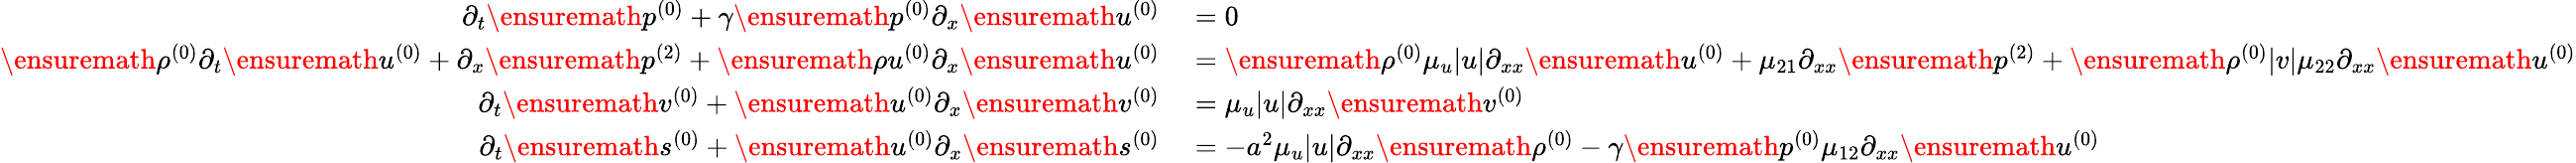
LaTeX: \begin{array}{rl}{\partial_{t}\ensuremath{p^{(0)}}+\gamma\ensuremath{p^{(0)}}\partial_{x}\ensuremath{u^{(0)}}}&{{}=0}\\ {\ensuremath{\rho^{(0)}}\partial_{t}\ensuremath{u^{(0)}}+\partial_{x}\ensuremath{p^{(2)}}+\ensuremath{\rho u^{(0)}}\partial_{x}\ensuremath{u^{(0)}}}&{{}=\ensuremath{\rho^{(0)}}\mu_{u}|u|\partial_{xx}\ensuremath{u^{(0)}}+\mu_{21}\partial_{xx}\ensuremath{p^{(2)}}+\ensuremath{\rho^{(0)}}|v|\mu_{22}\partial_{xx}\ensuremath{u^{(0)}}}\\ {\partial_{t}\ensuremath{v^{(0)}}+\ensuremath{u^{(0)}}\partial_{x}\ensuremath{v^{(0)}}}&{{}=\mu_{u}|u|\partial_{xx}\ensuremath{v^{(0)}}}\\ {\partial_{t}\ensuremath{s^{(0)}}+\ensuremath{u^{(0)}}\partial_{x}\ensuremath{s^{(0)}}}&{{}=-a^{2}\mu_{u}|u|\partial_{xx}\ensuremath{\rho^{(0)}}-\gamma\ensuremath{p^{(0)}}\mu_{12}\partial_{xx}\ensuremath{u^{(0)}}}\end{array}